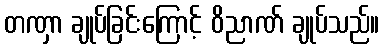
တဏှာ ချုပ်ခြင်းကြောင့် ဝိညာဏ် ချုပ်သည်။